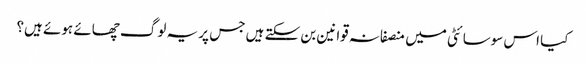
کیا اس سوسائٹی میں منصفانہ قوانین بن سکتے ہیں جس پر یہ لوگ چھائے ہوئے ہیں؟